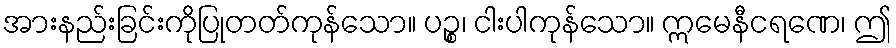
အားနည်းခြင်းကိုပြုတတ်ကုန်သော။ ပဉ္စ၊ ငါးပါကုန်သော။ ဣမေနီငရဏေ၊ ဤ